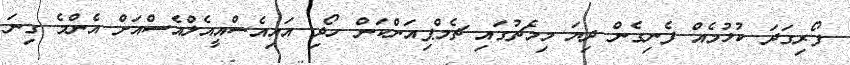
ފޯރިގަދަ ކުޅުމެއް ފެނިގެން ދިޔަ މިމެޗުގައި ޗެމްޕިއަންކަން ހޯދި އައިއެސްއީއެލްއެސްއަށް އެންމެ ގިނަ